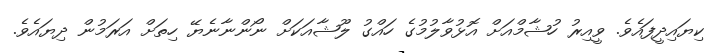
ކިޔައިދީފައެވެ. ވީއިރު ހުޝާމްއަށް އޮޅުވާލުމުގެ ހައްގު ލޫޝާއަކަށް ނޯންނާނެޔޭ ހިތަށް އަރަމުން ދިޔައެވެ.